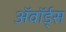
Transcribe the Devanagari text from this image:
ॲवॉर्ड्‌स